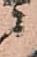
ニ